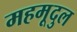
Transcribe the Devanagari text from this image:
महमूदुल